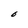
Character: O